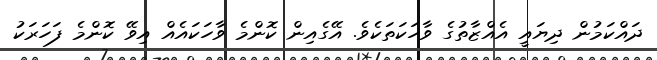
ދައްކަމުން ދިޔައީ އެއްޒާތުގެ ވާހަކަތަކެވެ. އޭގެއިން ކޮންމެ ވާހަކައެއް އިވޭ ކޮންމެ ފަހަރަކު